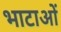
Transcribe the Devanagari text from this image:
भाटाओं